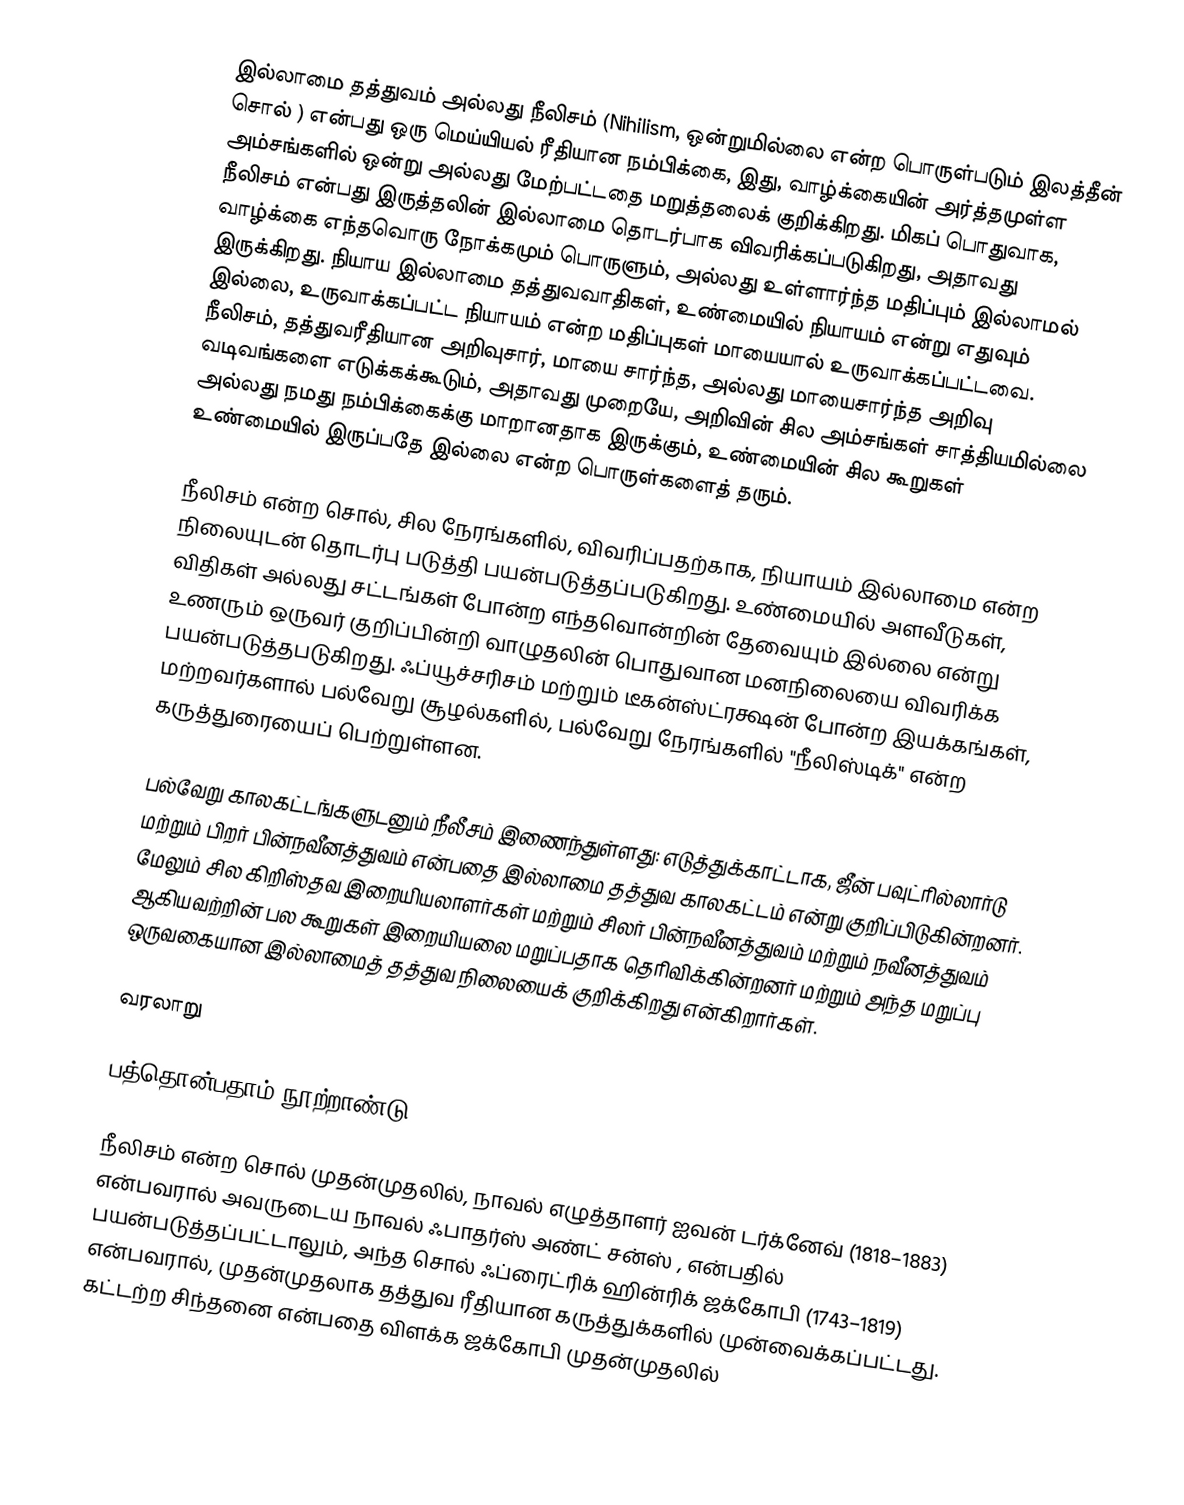
இல்லாமை தத்துவம் அல்லது நீலிசம் (Nihilism, ஒன்றுமில்லை என்ற பொருள்படும் இலத்தீன் சொல்  ) என்பது ஒரு மெய்யியல் ரீதியான நம்பிக்கை, இது, வாழ்க்கையின் அர்த்தமுள்ள அம்சங்களில் ஒன்று அல்லது மேற்பட்டதை மறுத்தலைக் குறிக்கிறது. மிகப் பொதுவாக, நீலிசம் என்பது இருத்தலின் இல்லாமை தொடர்பாக விவரிக்கப்படுகிறது, அதாவது வாழ்க்கை எந்தவொரு நோக்கமும் பொருளும், அல்லது உள்ளார்ந்த மதிப்பும் இல்லாமல் இருக்கிறது. நியாய இல்லாமை தத்துவவாதிகள், உண்மையில் நியாயம் என்று எதுவும் இல்லை, உருவாக்கப்பட்ட நியாயம் என்ற மதிப்புகள் மாயையால் உருவாக்கப்பட்டவை. நீலிசம், தத்துவரீதியான அறிவுசார், மாயை சார்ந்த, அல்லது மாயைசார்ந்த அறிவு வடிவங்களை எடுக்கக்கூடும், அதாவது முறையே, அறிவின் சில அம்சங்கள் சாத்தியமில்லை அல்லது நமது நம்பிக்கைக்கு மாறானதாக இருக்கும், உண்மையின் சில கூறுகள் உண்மையில் இருப்பதே இல்லை என்ற பொருள்களைத் தரும்.

நீலிசம் என்ற சொல், சில நேரங்களில், விவரிப்பதற்காக, நியாயம் இல்லாமை என்ற நிலையுடன் தொடர்பு படுத்தி பயன்படுத்தப்படுகிறது. உண்மையில் அளவீடுகள், விதிகள் அல்லது சட்டங்கள் போன்ற எந்தவொன்றின் தேவையும் இல்லை என்று உணரும் ஒருவர் குறிப்பின்றி வாழுதலின் பொதுவான மனநிலையை விவரிக்க பயன்படுத்தபடுகிறது. ஃப்யூச்சரிசம் மற்றும் டீகன்ஸ்ட்ரக்ஷன் போன்ற இயக்கங்கள், மற்றவர்களால் பல்வேறு சூழல்களில், பல்வேறு நேரங்களில் "நீலிஸ்டிக்" என்ற கருத்துரையைப் பெற்றுள்ளன.

பல்வேறு காலகட்டங்களுடனும் நீலீசம் இணைந்துள்ளது: எடுத்துக்காட்டாக, ஜீன் பவுட்ரில்லார்டு மற்றும் பிறர் பின்நவீனத்துவம் என்பதை இல்லாமை தத்துவ காலகட்டம் என்று குறிப்பிடுகின்றனர். மேலும் சில கிறிஸ்தவ இறையியலாளர்கள் மற்றும் சிலர் பின்நவீனத்துவம் மற்றும் நவீனத்துவம் ஆகியவற்றின் பல கூறுகள் இறையியலை மறுப்பதாக தெரிவிக்கின்றனர் மற்றும் அந்த மறுப்பு ஒருவகையான இல்லாமைத் தத்துவ நிலையைக் குறிக்கிறது என்கிறார்கள்.

வரலாறு

பத்தொன்பதாம் நூற்றாண்டு

நீலிசம் என்ற சொல் முதன்முதலில், நாவல் எழுத்தாளர் ஐவன் டர்க்னேவ் (1818–1883) என்பவரால் அவருடைய நாவல் ஃபாதர்ஸ் அண்ட் சன்ஸ் , என்பதில் பயன்படுத்தப்பட்டாலும், அந்த சொல் ஃப்ரைட்ரிக் ஹின்ரிக் ஜக்கோபி (1743–1819) என்பவரால், முதன்முதலாக தத்துவ ரீதியான கருத்துக்களில் முன்வைக்கப்பட்டது. கட்டற்ற சிந்தனை என்பதை விளக்க ஜக்கோபி முதன்முதலில்